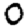
Digit: 0